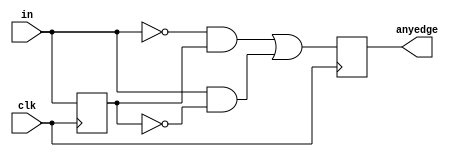
module top_module (
    input clk,
    input [7:0] in,
    output [7:0] anyedge
);
    reg [7:0] b_in;
    
    always @(posedge clk) begin
    	b_in <= in;
        anyedge <= ~in&b_in | in&~b_in;
    end

endmodule